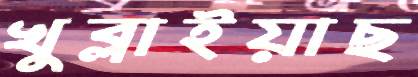
খুব্‌লাইয়াছ